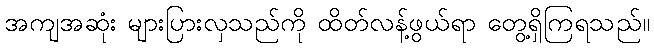
အကျအဆုံး များပြားလှသည်ကို ထိတ်လန့်ဖွယ်ရာ တွေ့ရှိကြရသည်။